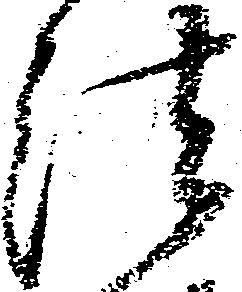
法